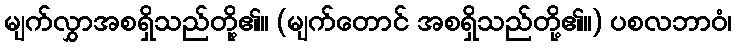
မျက်လွှာအစရှိသည်တို့၏။ (မျက်တောင် အစရှိသည်တို့၏။) ပစလဘာဝံ၊